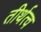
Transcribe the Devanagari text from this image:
तीर्थत्व